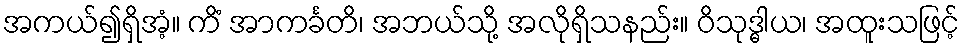
အကယ်၍ရှိအံ့။ ကိံ အာကင်္ခတိ၊ အဘယ်သို့ အလိုရှိသနည်း။ ဝိသုဒ္ဓါယ၊ အထူးသဖြင့်